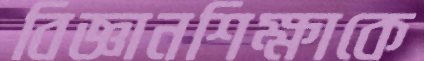
বিজ্ঞানশিক্ষাকে